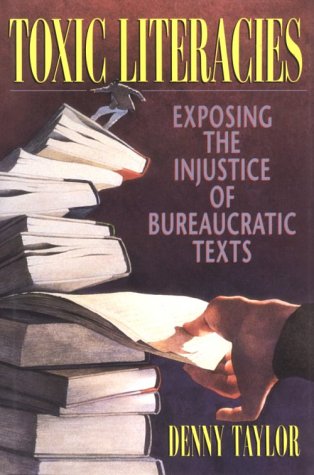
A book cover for Toxic Literacies: Exposing the Injustice of Bureaucratic Texts; Denny Taylor; Health, Fitness & Dieting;